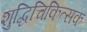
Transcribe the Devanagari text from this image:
शुद्धिचिकित्सक